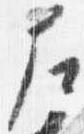
左